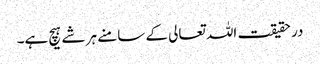
در حقیقت اللہ تعالی کے سامنے ہر شے ہیچ ہے۔